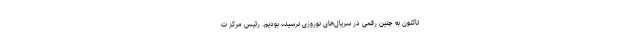
تاکنون به چنین رقمی در سریال‌های نوروزی نرسیده بودیم. رئیس مرکز ت